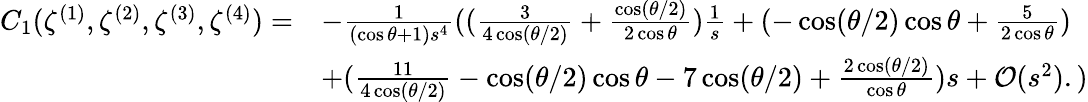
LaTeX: \begin{array}{rl}{C_{1}(\zeta^{(1)},\zeta^{(2)},\zeta^{(3)},\zeta^{(4)})=}&{-\frac{1}{(\cos\theta+1)s^{4}}((\frac{3}{4\cos({\theta}/{2})}+\frac{\cos({\theta}/{2})}{2\cos\theta})\frac{1}{s}+(-\cos({\theta}/{2})\cos\theta+\frac{5}{2\cos\theta})}\\ &{+(\frac{11}{4\cos({\theta}/{2})}-\cos({\theta}/{2})\cos\theta-7\cos({\theta}/{2})+\frac{2\cos({\theta}/{2})}{\cos\theta})s+\mathcal{O}(s^{2}).)}\end{array}